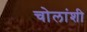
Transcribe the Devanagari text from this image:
चोलांशी